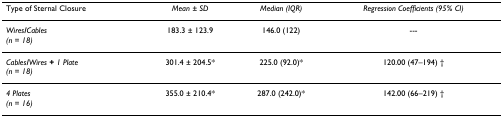
| Type of Sternal Closure | Mean ± SD | Median (IQR) | Regression Coefficients (95% CI) |
 | --- | --- | --- | --- |
 | Wires/Cables(n = 18) | 183.3 ± 123.9 | 146.0 (122) | --- |
 | Cables/Wires + 1 Plate(n = 18) | 301.4 ± 204.5* | 225.0 (92.0)* | 120.00 (47–194) † |
 | 4 Plates(n = 16) | 355.0 ± 210.4* | 287.0 (242.0)* | 142.00 (66–219) † |